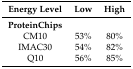
<table><thead><tr><td><b>Energy Level</b></td><td><b>Low</b></td><td><b>High</b></td></tr></thead><tbody><tr><td><b>ProteinChips</b></td><td></td><td></td></tr><tr><td>CM10</td><td>53%</td><td>80%</td></tr><tr><td>IMAC30</td><td>54%</td><td>82%</td></tr><tr><td>Q10</td><td>56%</td><td>85%</td></tr></tbody></table>